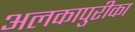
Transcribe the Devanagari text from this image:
अलकापुरीका